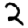
Digit: 2